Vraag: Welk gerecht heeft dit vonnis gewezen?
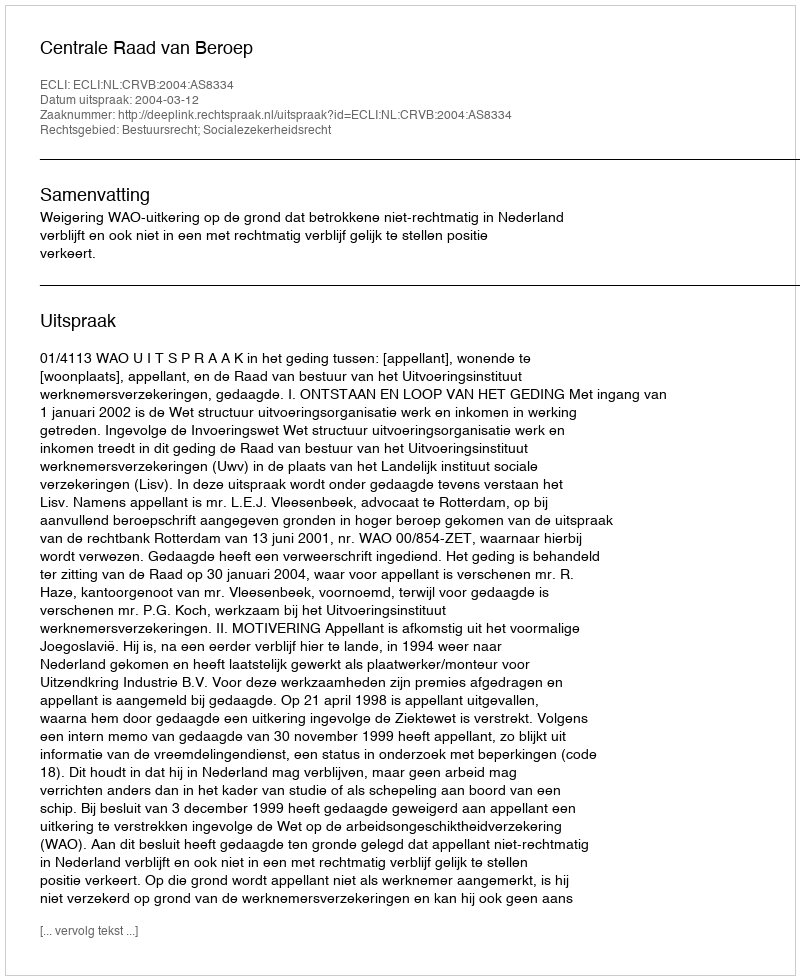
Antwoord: Centrale Raad van Beroep